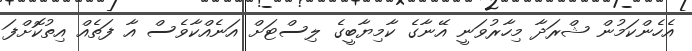
އެހެންކަމުން ޝްރަދާ މިހާރުވަނީ އޭނާގެ ކާމިޔާބީގެ ލިސްޓަށް އަނެއްކާވެސް އާ ފަތެއް އިތުކޮށްފަ